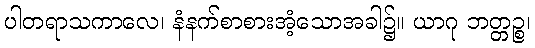
ပါတရာသကာလေ၊ နံနက်စာစားအံ့သောအခါ၌။ ယာဂု ဘတ္တဉ္စ၊